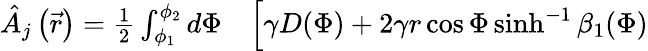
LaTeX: \begin{array}{rl}{\hat{A}_{j}\left(\vec{r}\right)=\frac{1}{2}\int_{\phi_{1}}^{\phi_{2}}d\Phi}&{{}\Big[\gamma D(\Phi)+2\gamma r\cos{\Phi}\sinh^{-1}{\beta_{1}(\Phi)}}\end{array}